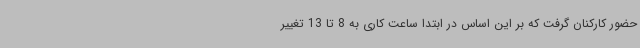
حضور کارکنان گرفت که بر این اساس در ابتدا ساعت کاری به 8 تا 13 تغییر